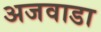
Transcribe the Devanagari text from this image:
अजवाडा